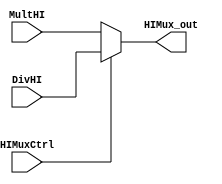
module MuxHI (
  input wire HIMuxCtrl,
  input wire [31:0] MultHI,
  input wire [31:0] DivHI,
  output reg [31:0] HIMux_out
);

  always @(*) begin
    HIMux_out = (HIMuxCtrl ? DivHI : MultHI);
  end
endmodule

// 0 => MultHI
// 1 => DivHI